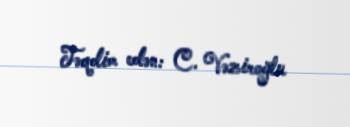
Təqdim edən: C. Vəziroğlu